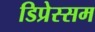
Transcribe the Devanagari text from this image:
डिप्रेस्सम